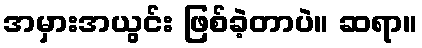
အမှားအယွင်း ဖြစ်ခဲ့တာပဲ။ ဆရာ။